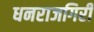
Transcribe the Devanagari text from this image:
धनराजगिरी